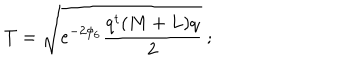
T = \sqrt { e ^ { - 2 \phi _ { 6 } } \frac { q ^ { t } ( M + L ) q } { 2 } } \ ;